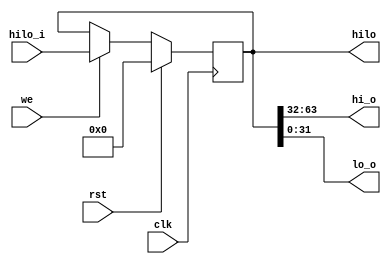
`timescale 1ns / 1ps

module hilo_reg(
                input wire        clk,rst,we,

                input wire [63:0] hilo_i,
                output wire [31:0] hi_o,lo_o,
                output reg [63:0] hilo
                );
   always @(posedge clk) begin
      if(rst)
         hilo <= 0;
      else if(we)
         hilo <= hilo_i;
      else
         hilo <= hilo;
   end

   assign hi_o = hilo[63:32];
   assign lo_o = hilo[31:0];
endmodule